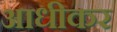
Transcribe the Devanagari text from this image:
आधीकर